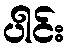
ပါင်း